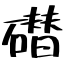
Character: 𰧢